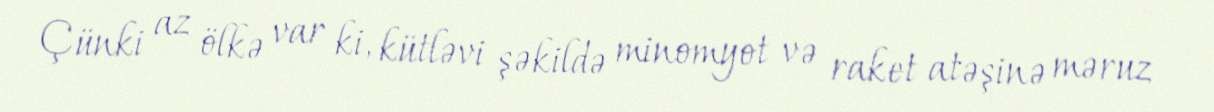
Çünki az ölkə var ki, kütləvi şəkildə minomyot və raket atəşinə məruz